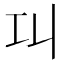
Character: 𢀙